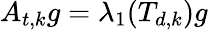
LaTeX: A_{t,k}g=\lambda_{1}(T_{d,k})g